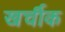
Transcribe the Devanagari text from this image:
खर्चीक